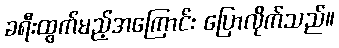
ခရီးထွက်မည့်အကြောင်း ပြောလိုက်သည်။